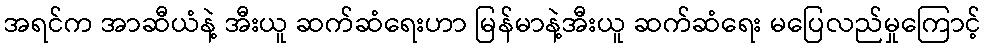
အရင်က အာဆီယံနဲ့ အီးယူ ဆက်ဆံရေးဟာ မြန်မာနဲ့အီးယူ ဆက်ဆံရေး မပြေလည်မှုကြောင့်